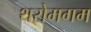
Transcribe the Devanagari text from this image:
थरोमगम